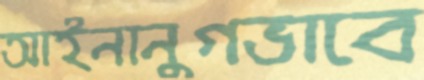
আইনানুগভাবে